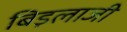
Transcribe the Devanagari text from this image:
बिड़लाजी